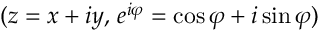
( z = x + i y , \, e ^ { i \varphi } = \cos \varphi + i \sin \varphi )